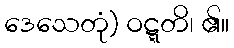
ဒေသေတုံ) ဝဋ္ဋတိ၊ ၏။